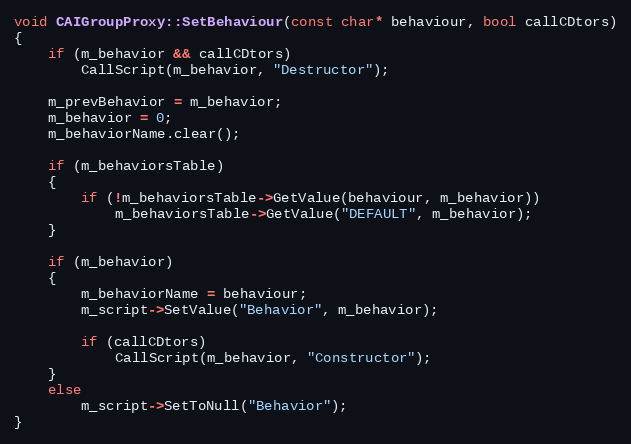
Language: C++
void CAIGroupProxy::SetBehaviour(const char* behaviour, bool callCDtors)
{
	if (m_behavior && callCDtors)
		CallScript(m_behavior, "Destructor");

	m_prevBehavior = m_behavior;
	m_behavior = 0;
	m_behaviorName.clear();

	if (m_behaviorsTable)
	{
		if (!m_behaviorsTable->GetValue(behaviour, m_behavior))
			m_behaviorsTable->GetValue("DEFAULT", m_behavior);
	}

	if (m_behavior)
	{
		m_behaviorName = behaviour;
		m_script->SetValue("Behavior", m_behavior);

		if (callCDtors)
			CallScript(m_behavior, "Constructor");
	}
	else
		m_script->SetToNull("Behavior");
}